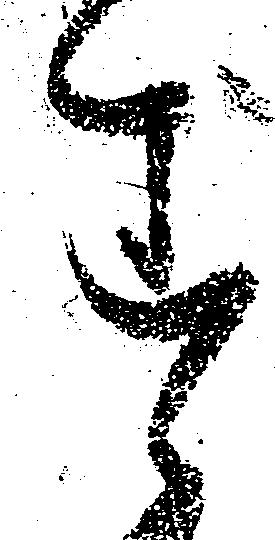
す